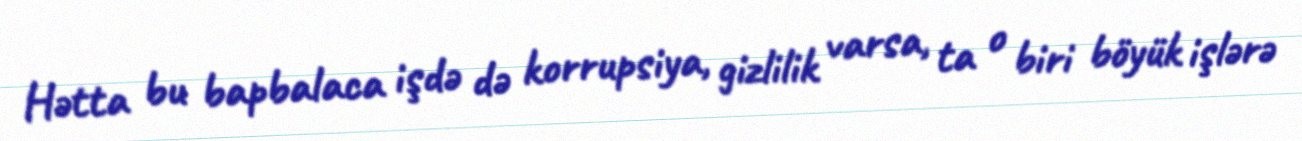
Hətta bu bapbalaca işdə də korrupsiya, gizlilik varsa, ta o biri böyük işlərə